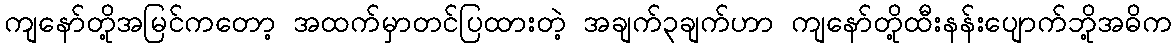
ကျနော်တို့အမြင်ကတော့ အထက်မှာတင်ပြထားတဲ့ အချက်၃ချက်ဟာ ကျနော်တို့ထီးနန်းပျောက်ဘို့အဓိက